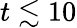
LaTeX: t\lesssim 10